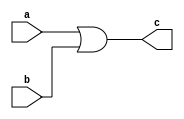
/* Generated by Yosys 0.9 (git sha1 1979e0b) */

(* top =  1  *)
(* src = "orgate.v:1" *)
module orgate(a, b, c);
  (* src = "orgate.v:2" *)
  input a;
  (* src = "orgate.v:2" *)
  input b;
  (* src = "orgate.v:3" *)
  output c;
  assign c = a |(* src = "orgate.v:4" *)  b;
endmodule